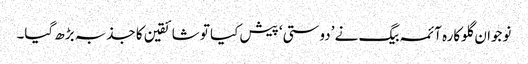
نوجوان گلوکارہ آئمہ بیگ نے ’دوستی‘ پیش کیا تو شائقین کا جذبہ بڑھ گیا۔